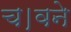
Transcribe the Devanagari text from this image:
च।वने